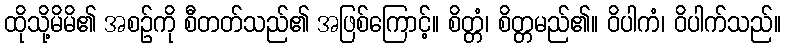
ထိုသို့မိမိ၏ အစဉ်ကို စီတတ်သည်၏ အဖြစ်ကြောင့်။ စိတ္တံ၊ စိတ္တမည်၏။ ဝိပါကံ၊ ဝိပါက်သည်။